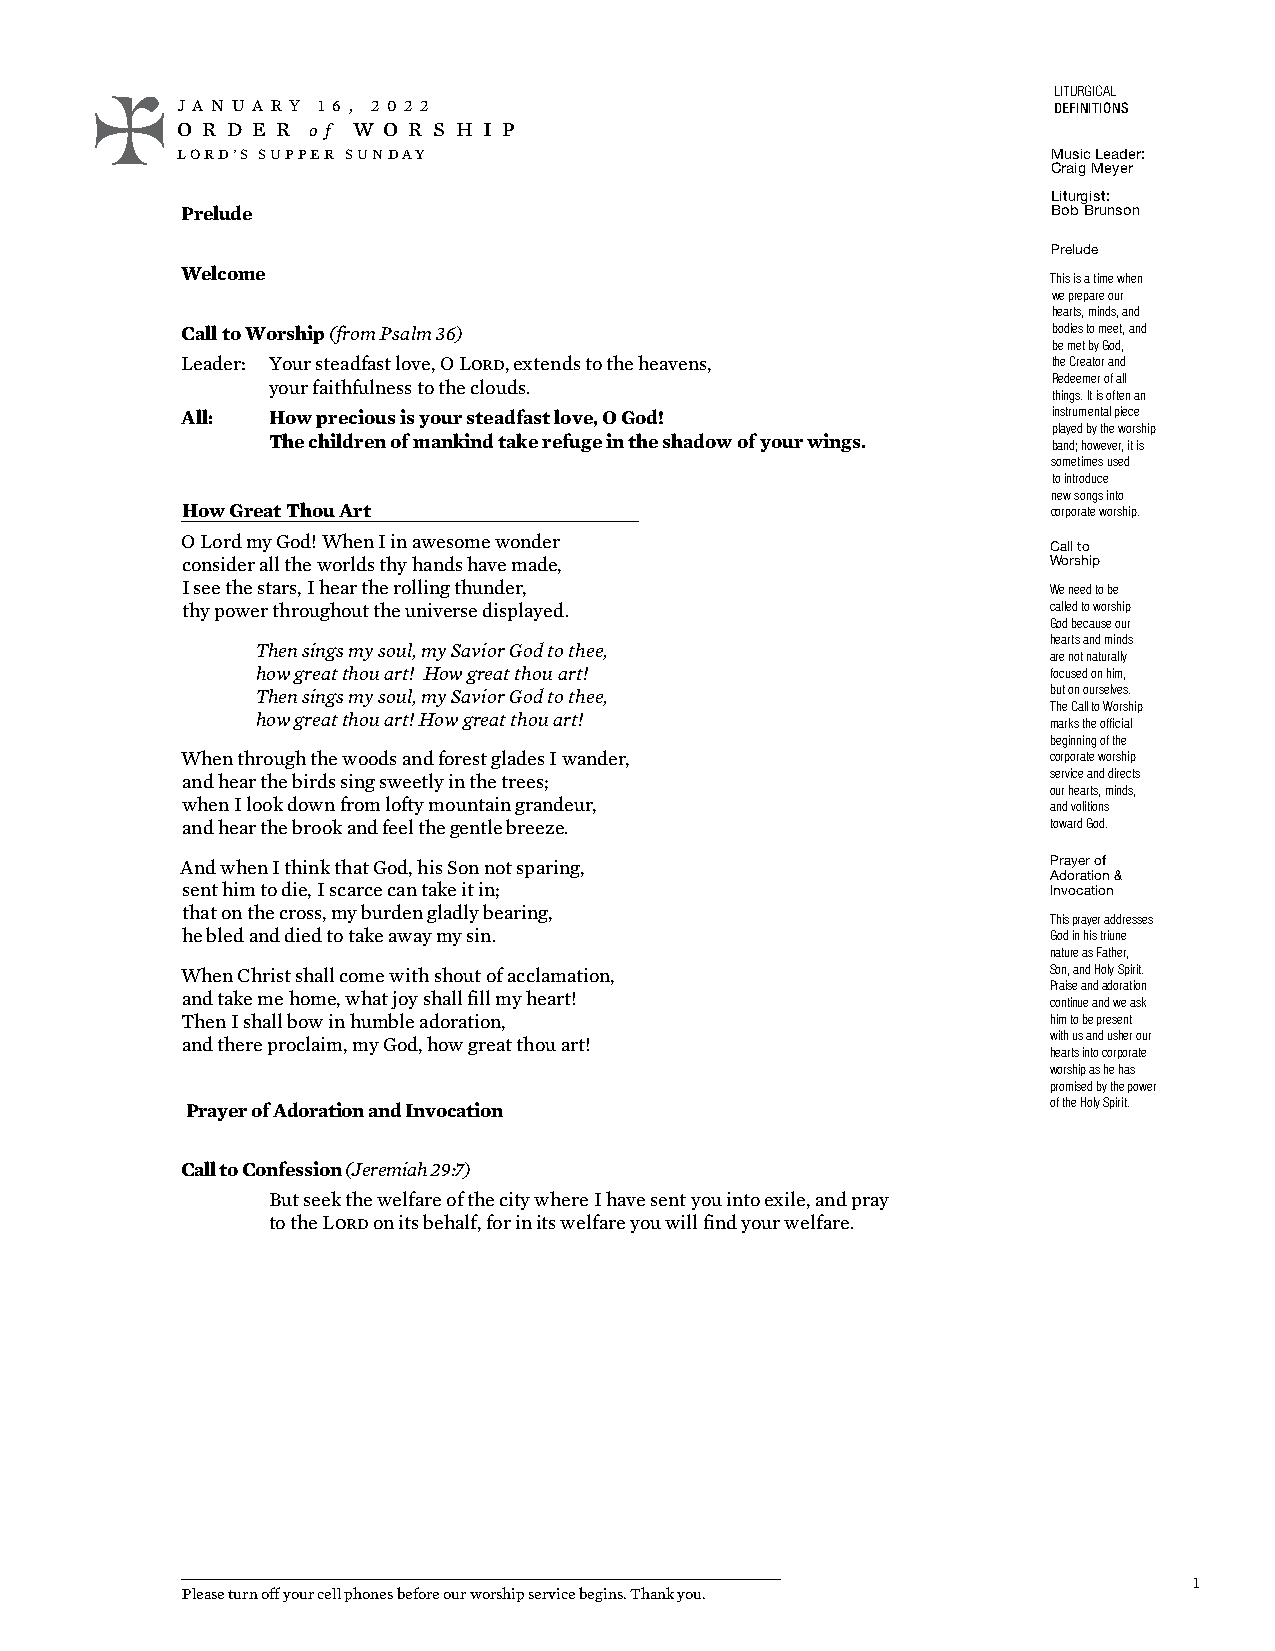
LITURGICAL
 J A N U A R Y 1 6 , 2 0 2 2                               DEFINITIONS
 o r d e r  w o r s h i p
 o f
 LORD’S SUPPER SUNDAY                                      Music Leader:
 Craig Meyer
 Liturgist:
 Prelude                                                   Bob Brunson
 Prelude
 Welcome
 This is a time when
 we prepare our
 hearts, minds, and
 Call to Worship (from Psalm 36)                           bodies to meet, and
 be met by God,
 Leader: Your steadfast love, O Lord, extends to the heavens, the Creator and
 Redeemer of all
 your faithfulness to the clouds.
 things. It is often an
 All:  How precious is your steadfast love, O God!         instrumental piece
 played by the worship
 The children of mankind take refuge in the shadow of your wings. band; however, it is
 sometimes used
 to introduce
 new songs into
 How Great Thou Art                                        corporate worship.
 O Lord my God! When I in awesome wonder                   Call to
 consider all the worlds thy hands have made,              Worship
 I see the stars, I hear the rolling thunder,              We need to be
 thy power throughout the universe displayed.              called to worship
 God because our
 hearts and minds
 Then sings my soul, my Savior God to thee,
 are not naturally
 how great thou art! How great thou art!              focused on him,
 Then sings my soul, my Savior God to thee,           but on ourselves.
 The Call to Worship
 how great thou art! How great thou art!              marks the official
 beginning of the
 When through the woods and forest glades I wander,        corporate worship
 service and directs
 and hear the birds sing sweetly in the trees;
 our hearts, minds,
 when I look down from lofty mountain grandeur,            and volitions
 and hear the brook and feel the gentle breeze.            toward God.
 And when I think that God, his Son not sparing,           Prayer of
 Adoration &
 sent him to die, I scarce can take it in;                 Invocation
 that on the cross, my burden gladly bearing,
 This prayer addresses
 he bled and died to take away my sin.                     God in his triune
 nature as Father,
 When Christ shall come with shout of acclamation,         Son, and Holy Spirit.
 Praise and adoration
 and take me home, what joy shall fill my heart!           continue and we ask
 Then I shall bow in humble adoration,                     him to be present
 with us and usher our
 and there proclaim, my God, how great thou art!
 hearts into corporate
 worship as he has
 promised by the power
 Prayer of Adoration and Invocation                        of the Holy Spirit.
 Call to Confession (Jeremiah 29:7)
 But seek the welfare of the city where I have sent you into exile, and pray
 to the Lord on its behalf, for in its welfare you will find your welfare.
 1
 Please turn off your cell phones before our worship service begins. Thank you.